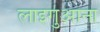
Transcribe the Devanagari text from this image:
लाइगुआना